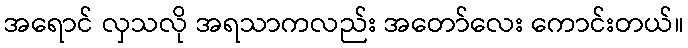
အရောင် လှသလို အရသာကလည်း အတော်လေး ကောင်းတယ်။